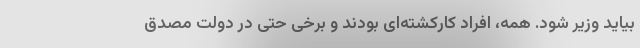
بیاید وزیر شود. همه، افراد کارکشته‌ای بودند و برخی حتی در دولت مصدق